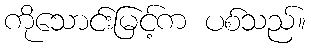
ကိုသောင်းမြင့်က ပစ်သည်။